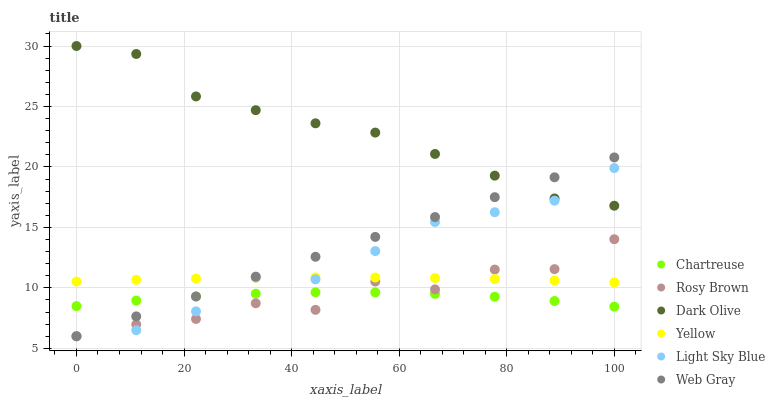
| xaxis_label | Chartreuse | Rosy Brown | Dark Olive | Yellow | Light Sky Blue | Web Gray |
 | --- | --- | --- | --- | --- | --- | --- |
 | 0 | 8.49 | 6 | 30 | 10.5 | 6 | 6 |
 | 11.1 | 8.95 | 6.98 | 29.3 | 10.7 | 6.5 | 7.64 |
 | 22.2 | 9.29 | 7.43 | 25.8 | 10.8 | 8.06 | 9.29 |
 | 33.3 | 9.52 | 8.73 | 24.7 | 10.8 | 10.9 | 10.9 |
 | 44.4 | 9.63 | 8.19 | 23.6 | 10.9 | 10.7 | 12.6 |
 | 55.6 | 9.63 | 10.5 | 22.8 | 10.9 | 13 | 14.2 |
 | 66.7 | 9.5 | 9.88 | 21.1 | 10.8 | 15.4 | 15.9 |
 | 77.8 | 9.27 | 11.5 | 19.3 | 10.7 | 16.3 | 17.5 |
 | 88.9 | 8.91 | 11.6 | 17.4 | 10.6 | 17.2 | 19.1 |
 | 100 | 8.44 | 14 | 16.8 | 10.5 | 19.9 | 20.8 |